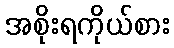
အစိုးရကိုယ်စား